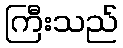
ကြီးသည်